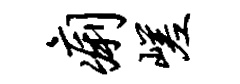
痢嵯